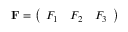
\mathbf { F } = { \left( \begin{array} { l l l } { F _ { 1 } } & { F _ { 2 } } & { F _ { 3 } } \end{array} \right) }